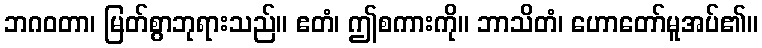
ဘဂဝတာ၊ မြတ်စွာဘုရားသည်။ ဧတံ၊ ဤစကားကို။ ဘာသိတံ၊ ဟောတော်မူအပ်၏။